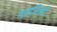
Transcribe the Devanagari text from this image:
गडदहिरवी